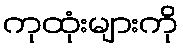
ကုထုံးများကို